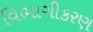
વિભાગીકરણ